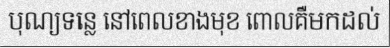
បុណ្យទន្លេ នៅពេលខាងមុខ ពោលគឺមកដល់